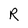
Character: R